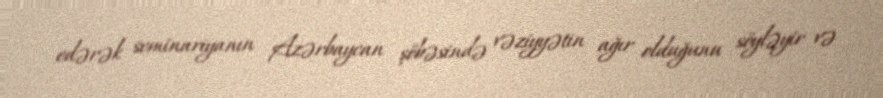
edərək seminariyanın Azərbaycan şöbəsində vəziyyətin ağır olduğunu söyləyir və